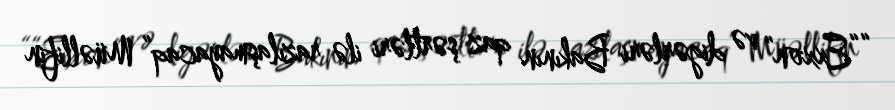
““Exxon” və digərləri Bakının qaz şərtləri ilə razılaşmayacaq” Müəllifin